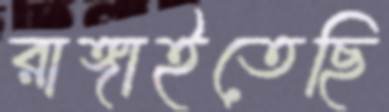
রাঙ্গাইতেছি